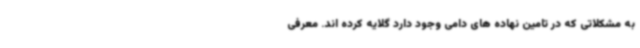
به مشکلاتی که در تامین نهاده های دامی وجود دارد گلایه کرده اند. معرفی